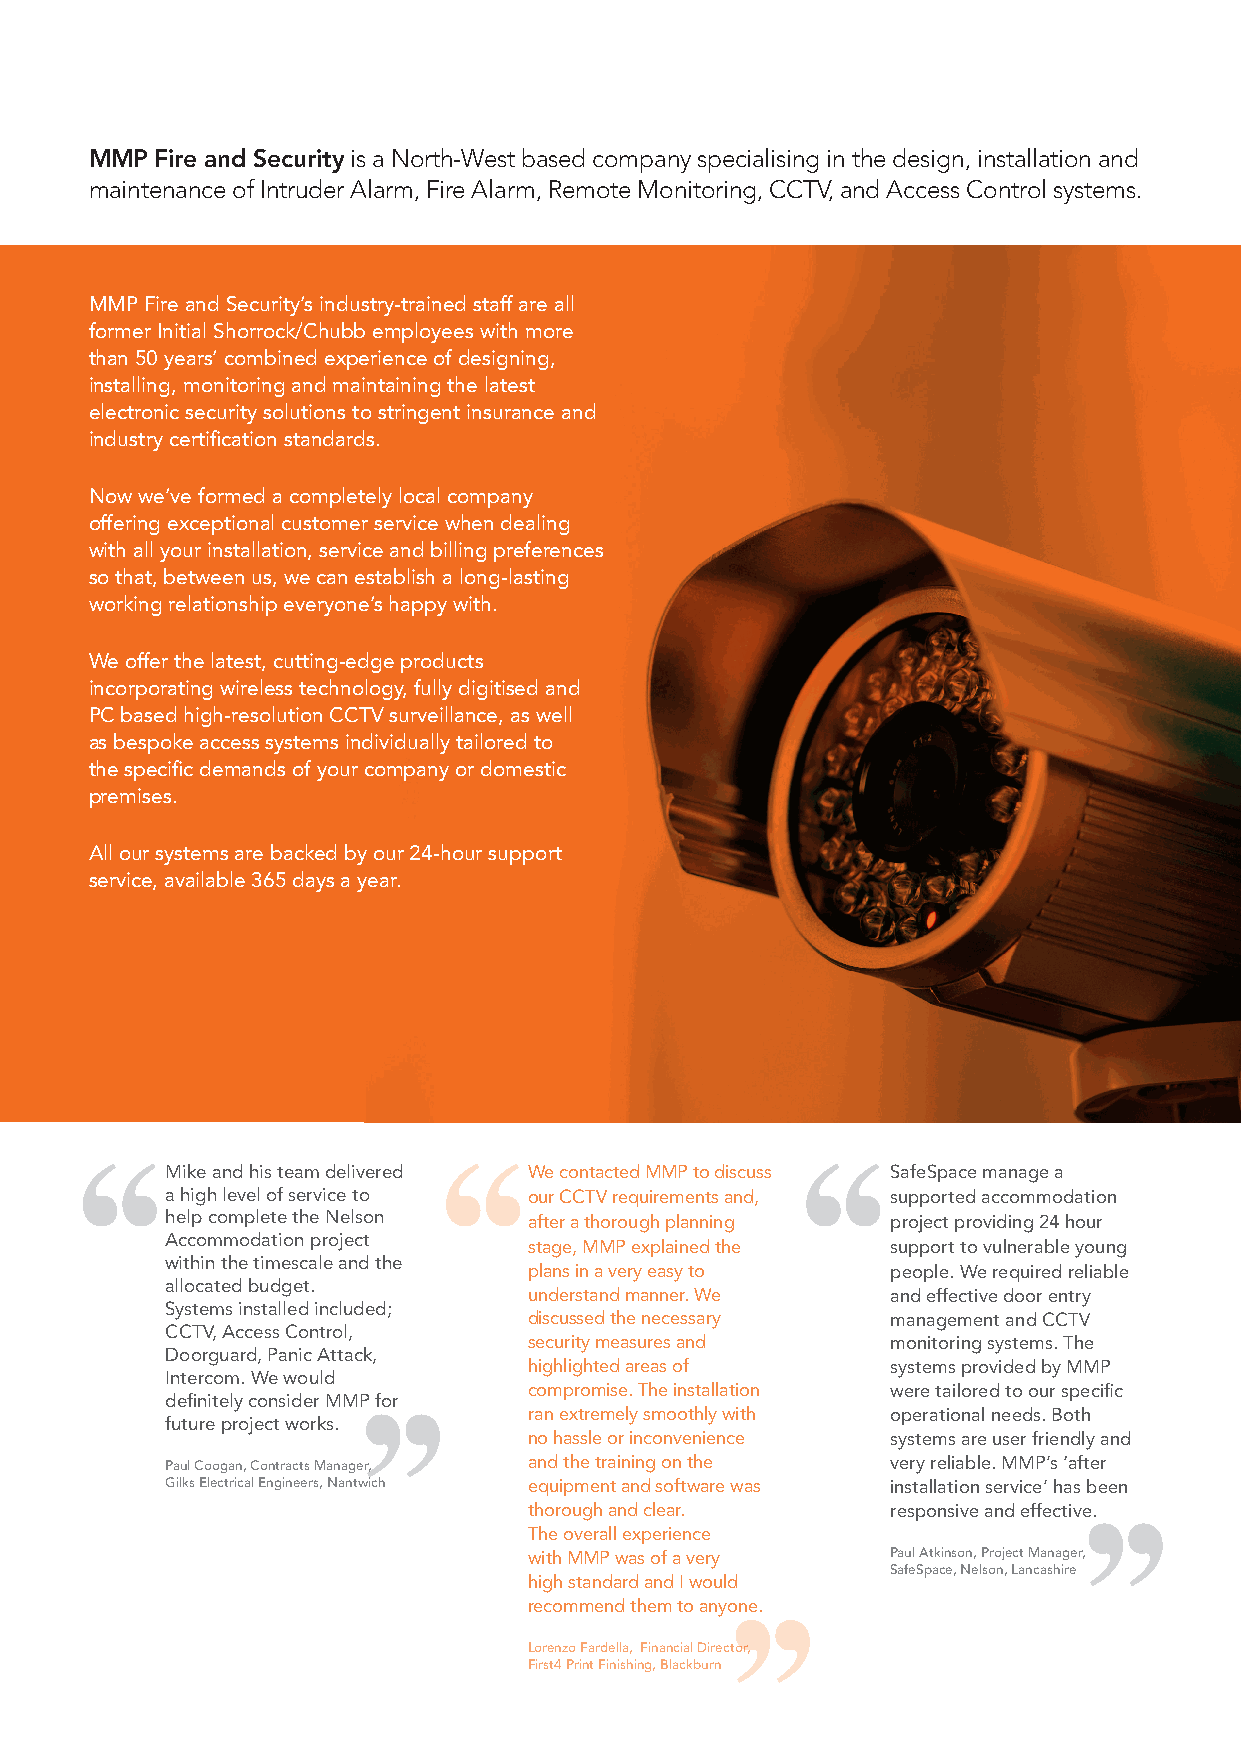
MMP Fire and Security is a North-West based company specialising in the design, installation and
 maintenance of Intruder Alarm, Fire Alarm, Remote Monitoring, CCTV, and Access Control systems.
 MMP Fire and Security’s industry-trained staff are all
 former Initial Shorrock/Chubb employees with more
 than 50 years’ combined experience of designing,
 installing, monitoring and maintaining the latest
 electronic security solutions to stringent insurance and
 industry certification standards.
 Now we’ve formed a completely local company
 offering exceptional customer service when dealing
 with all your installation, service and billing preferences
 so that, between us, we can establish a long-lasting
 working relationship everyone’s happy with.
 We offer the latest, cutting-edge products
 incorporating wireless technology, fully digitised and
 PC based high-resolution CCTV surveillance, as well
 as bespoke access systems individually tailored to
 the specific demands of your company or domestic
 premises.
 All our systems are backed by our 24-hour support
 service, available 365 days a year.
 Mike and his team delivered We contacted MMP to discuss SafeSpace manage a
 a high level of service to our CCTV requirements and, supported accommodation
 help complete the Nelson after a thorough planning project providing 24 hour
 Accommodation project   stage, MMP explained the support to vulnerable young
 within the timescale and the
 plans in a very easy to people. We required reliable
 allocated budget.
 understand manner. We   and effective door entry
 Systems installed included;
 discussed the necessary management and CCTV
 CCTV, Access Control,
 security measures and   monitoring systems. The
 Doorguard, Panic Attack,
 highlighted areas of    systems provided by MMP
 Intercom. We would
 compromise. The installation were tailored to our specific
 definitely consider MMP for
 ran extremely smoothly with operational needs. Both
 future project works.
 no hassle or inconvenience systems are user friendly and
 Paul Coogan, Contracts Manager, and the training on the very reliable. MMP’s ‘after
 Gilks Electrical Engineers, Nantwich equipment and software was installation service’ has been
 thorough and clear.     responsive and effective.
 The overall experience
 with MMP was of a very  Paul Atkinson, Project Manager,
 SafeSpace, Nelson, Lancashire
 high standard and I would
 recommend them to anyone.
 Lorenzo Fardella, Financial Director,
 First4 Print Finishing, Blackburn